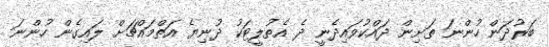
ބަރުދަން ހުންނަ ތަށިން ދައްކުވައިދެނީ ދެ އެތުލީޓަކު ދުނިޔެ އަތްމައްޗަށް ލައިގެން ހުންނަ